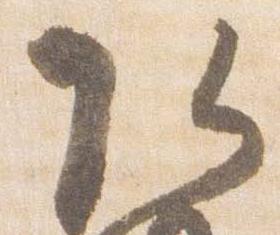
頭